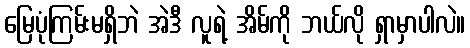
မြေပုံကြမ်းမရှိဘဲ အဲဒီ လူရဲ့ အိမ်ကို ဘယ်လို ရှာမှာပါလဲ။